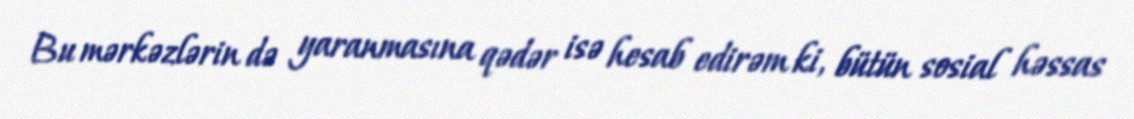
Bu mərkəzlərin də yaranmasına qədər isə hesab edirəm ki, bütün sosial həssas